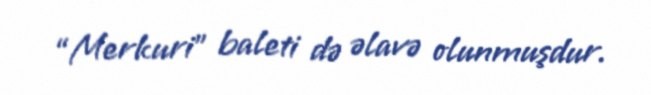
“Merkuri” baleti də əlavə olunmuşdur.